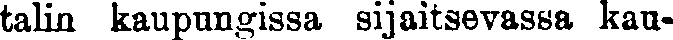
talin kaupungissa sijaitsevassa kau-